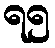
ရ၅